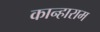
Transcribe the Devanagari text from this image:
कान्हाराम